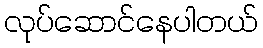
လုပ်ဆောင်နေပါတယ်